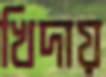
খিদায়